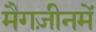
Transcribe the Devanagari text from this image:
मैगज़ीनमें